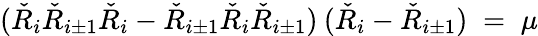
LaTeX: (\check{R}_{i}\check{R}_{i\pm 1}\check{R}_{i}-\check{R}_{i\pm 1}\check{R}_{i}\check{R}_{i\pm 1})\: (\check{R}_{i}-\check{R}_{i\pm 1})\; =\; \mu